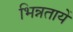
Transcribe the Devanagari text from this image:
भिन्नतायें